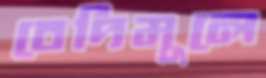
বেদিমূলে